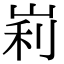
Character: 峲